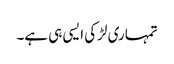
تمہاری لڑکی ایسی ہی ہے۔